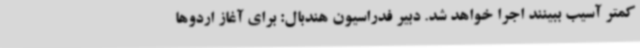
کمتر آسیب ببینند اجرا خواهد شد. دبیر فدراسیون هندبال: برای آغاز اردوها